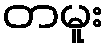
တမူး